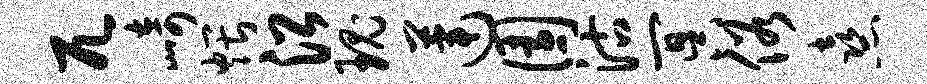
兀崎煨沿瑰莲园沽冥俗熹